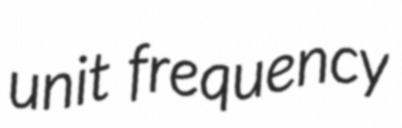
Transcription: unit frequency